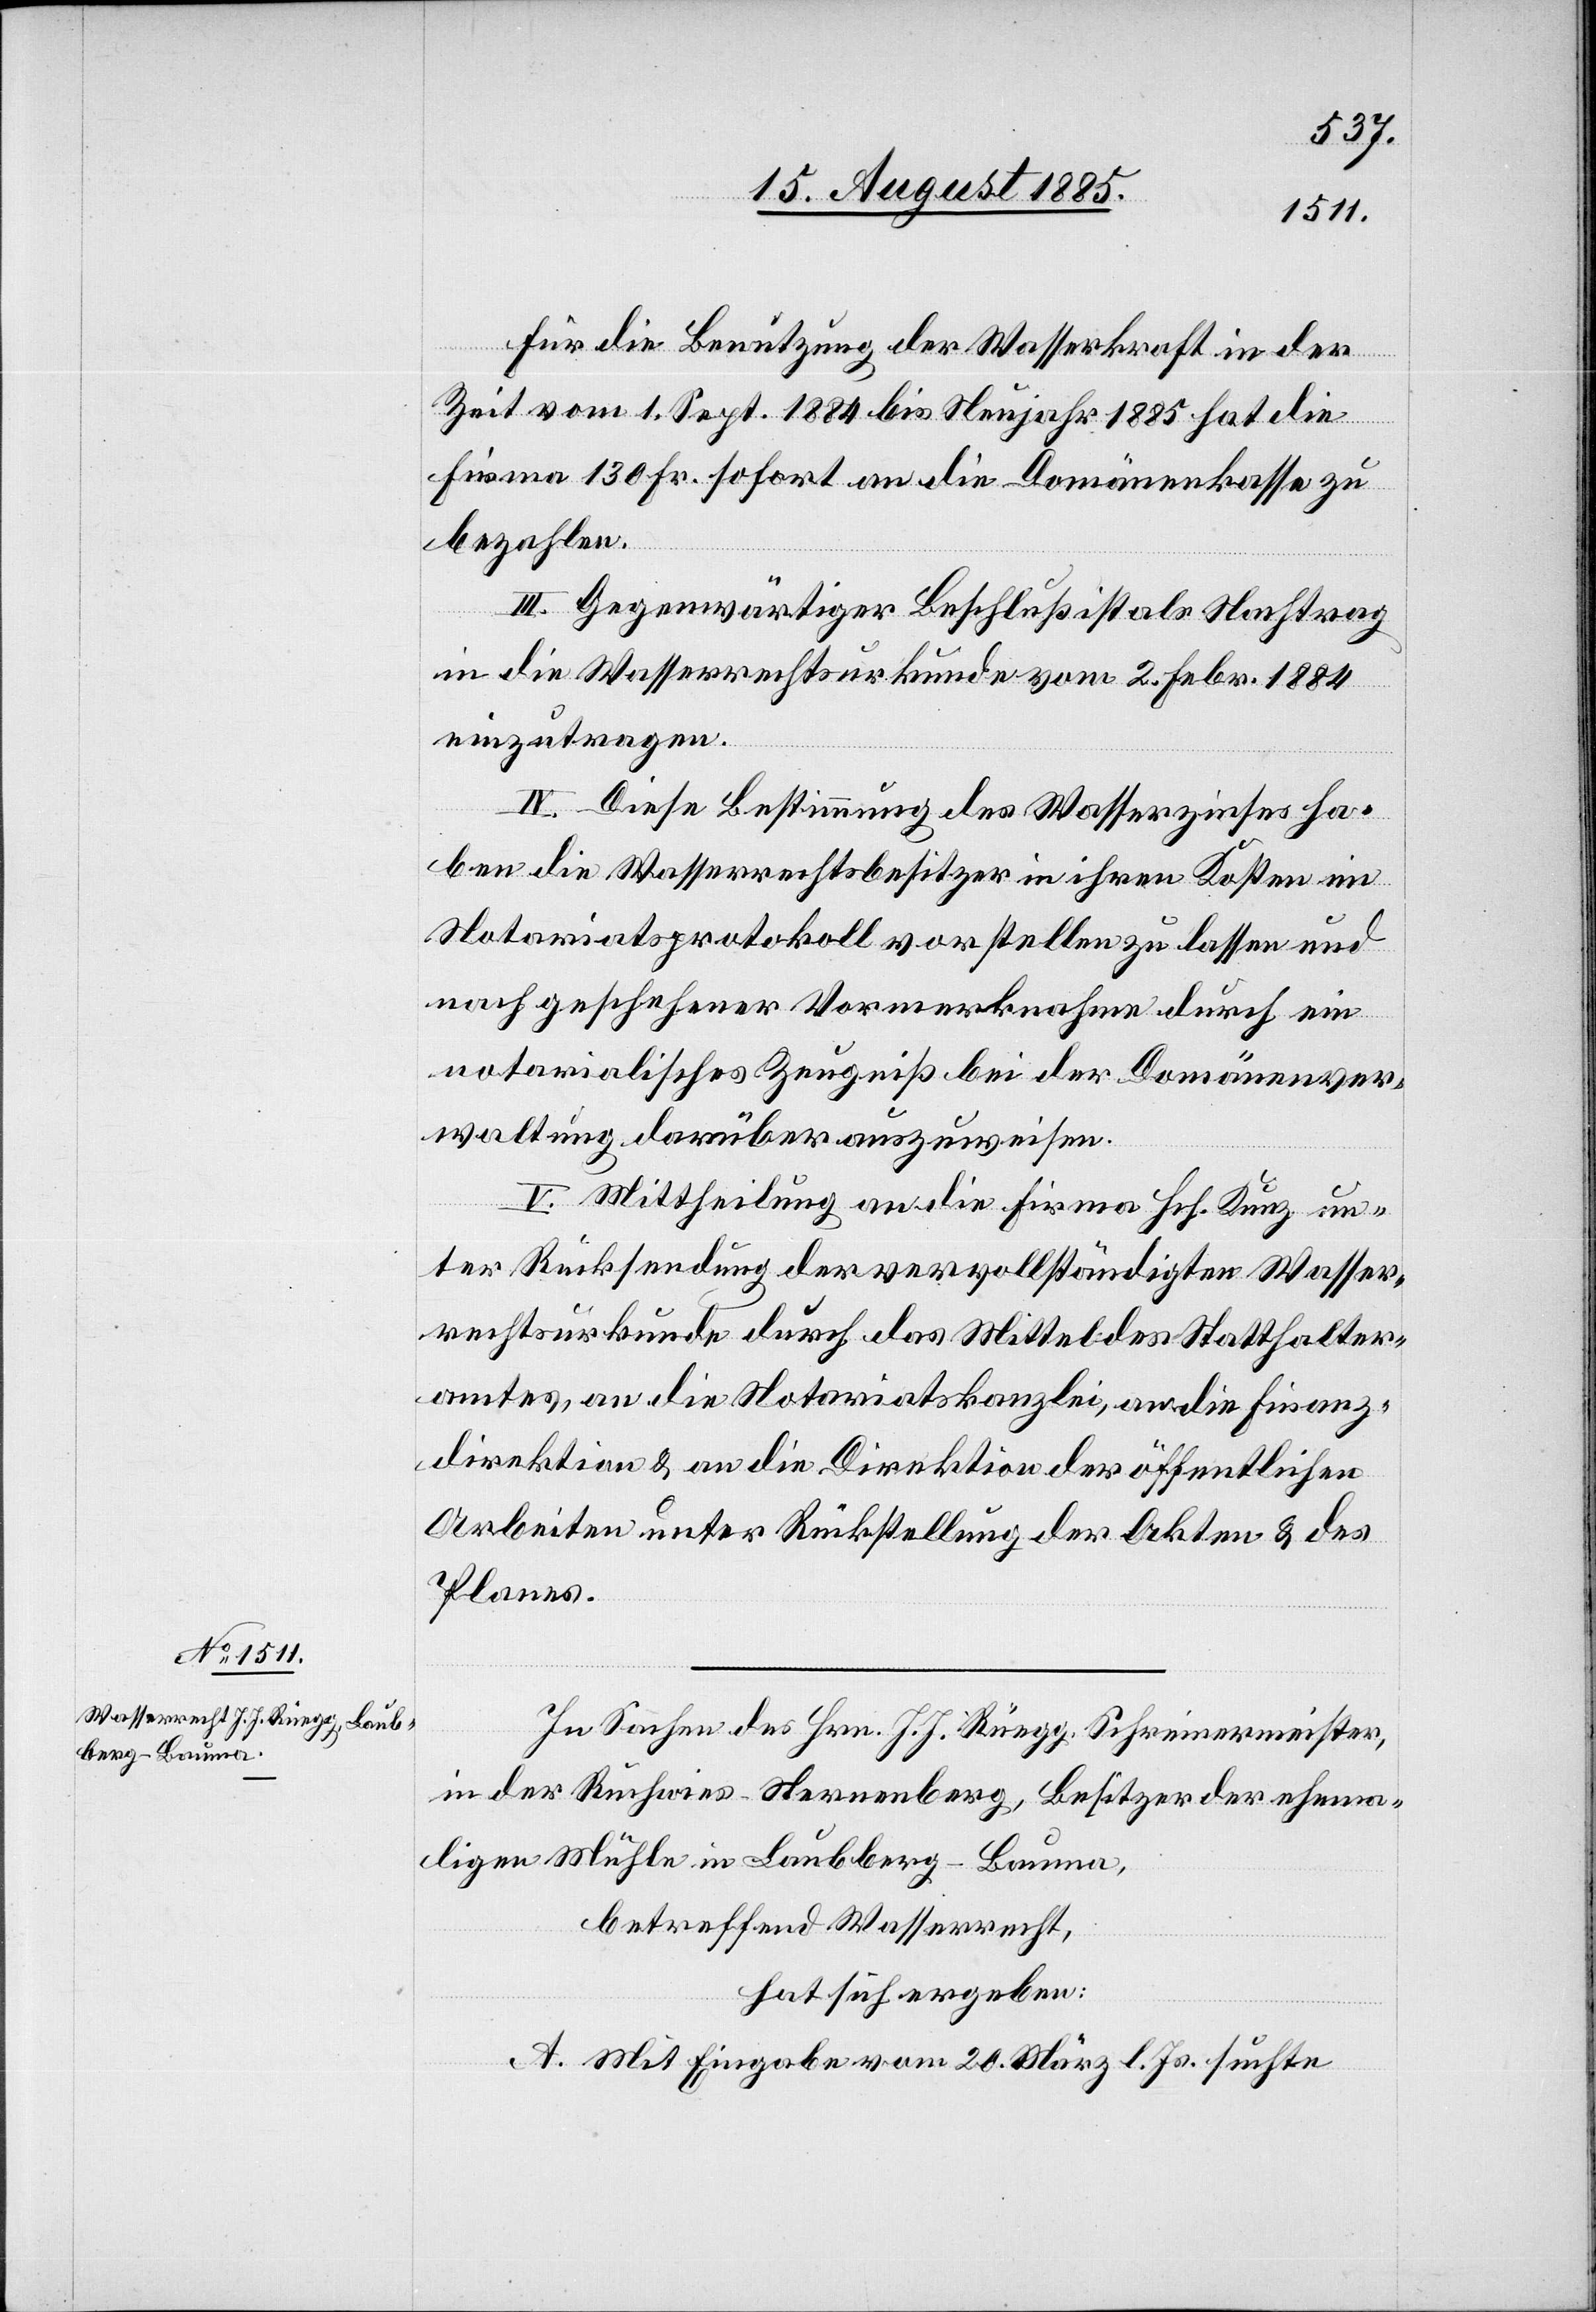
Für die Benutzung der Wasserkraft in der
Zeit vom 1. Sept. 1884 bis Neujahr 1885 hat die
Firma 130 Fr. sofort an die Domänenkasse zu
bezahlen.
III. Gegenwärtiger Beschluß ist als Nachtrag
an die Wasserrechtsurkunde vom 2. Febr. 1884
einzutragen.
IV. Diese Bestimmung des Wasserzinses ha¬
ben die Wasserrechtsbesitzer in ihren Kosten im
Notariatsprotokoll vorstellen zu lassen und
nach geschehener Vormerknahme durch ein
notarialisches Zeugniß bei der Domänenver¬
waltung darüber auszuweisen.
V. Mittheilung an die Firma Hch. Kunz un¬
ter Rücksendung der vervollständigten Wasser¬
rechtsurkunde durch das Mittel des Statthalter¬
amtes, an die Notariatskanzlei, an die Finanz¬
direktion & an die Direktion der öffentlichen
Arbeiten unter Rückstellung der Akten & des
Planes.
In Sachen des Hrn. J. J. Rüegg, Schreinermeister,
in der Ruchwies - Sternenberg, Besitzer der ehema¬
ligen Mühle in Laubberg - Bauma,
betreffend Wasserrecht,
hat sich ergeben:
A. Mit Eingabe vom 20. März l. Js. suchte